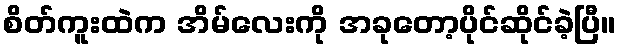
စိတ်ကူးထဲက အိမ်လေးကို အခုတော့ပိုင်ဆိုင်ခဲ့ပြီ။